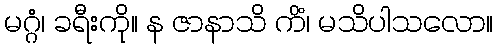
မဂ္ဂံ၊ ခရီးကို။ န ဇာနာသိ ကိံ၊ မသိပါသလော။